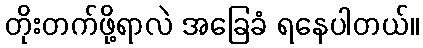
တိုးတက်ဖို့ရာလဲ အခြေခံ ရနေပါတယ်။